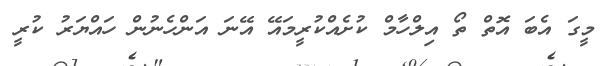
މީގަ އެބަ އޮތް ތޯ އިލްހާމް ކުށެއްކުރީމައޭ އޭނަ އަންހެނުން ހައްޔަރު ކުރީ